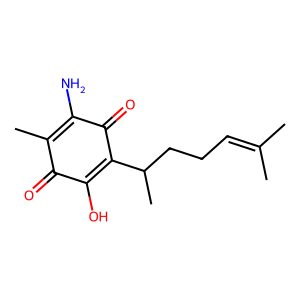
SMILES: CC(C)=CCCC(C)C1=C(O)C(=O)C(C)=C(N)C1=O
Inhibits HIV replication: No